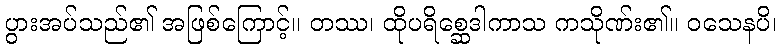
ပွားအပ်သည်၏ အဖြစ်ကြောင့်။ တဿ၊ ထိုပရိစ္ဆေဒါကာသ ကသိုဏ်း၏။ ဝသေနပိ၊